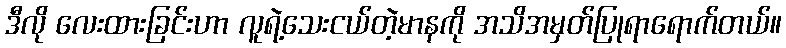
ဒီလို လေးထားခြင်းဟာ လူရဲ့သေးငယ်တဲ့မာနကို အသိအမှတ်ပြုရာရောက်တယ်။